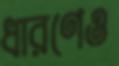
ধারণেও